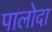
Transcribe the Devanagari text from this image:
पालोदा